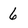
Character: 6